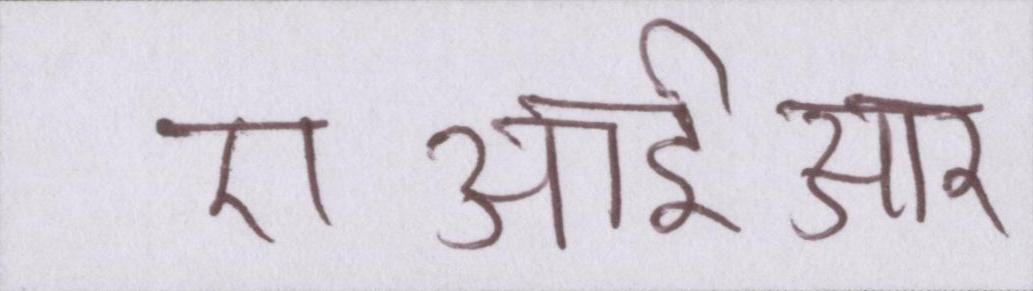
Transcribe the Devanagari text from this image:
एआईआर